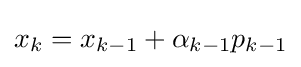
x_{k}=x_{k-1}+\alpha _{k-1}p_{k-1}